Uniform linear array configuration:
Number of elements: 32
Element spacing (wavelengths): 1
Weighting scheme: blackman
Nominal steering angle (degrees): -60
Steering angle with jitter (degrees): -59.882
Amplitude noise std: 0.05
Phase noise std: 0.05

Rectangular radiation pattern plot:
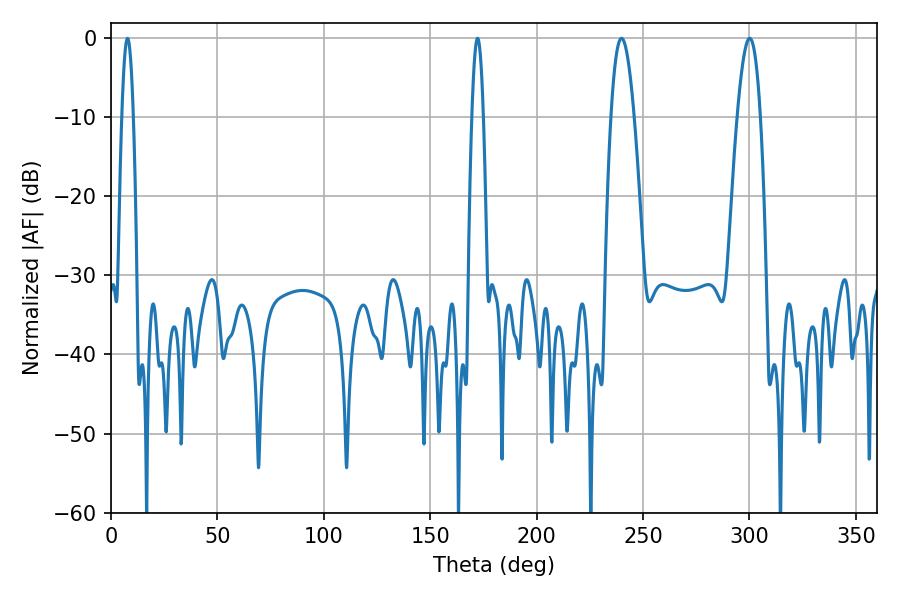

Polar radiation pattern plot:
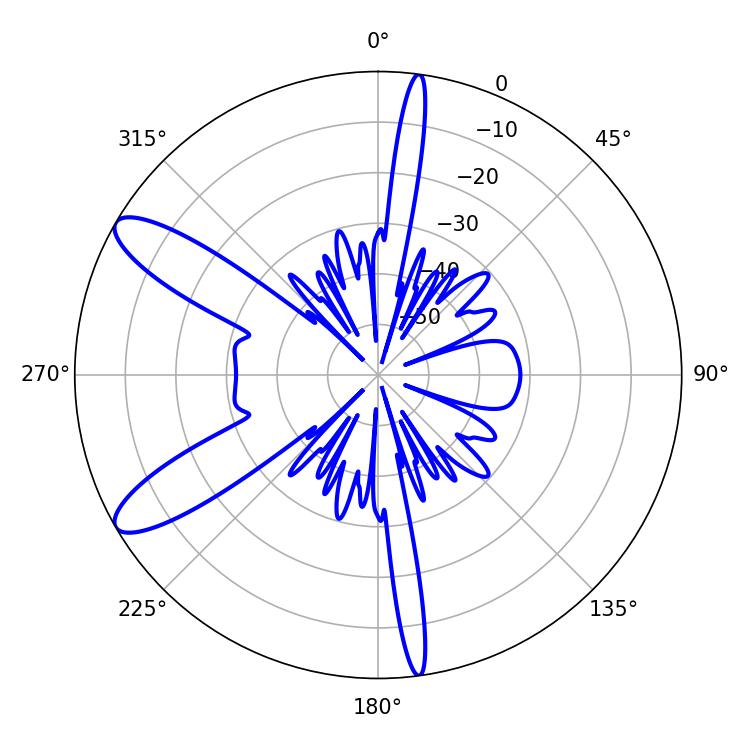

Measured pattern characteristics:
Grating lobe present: TRUE
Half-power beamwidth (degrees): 2.88
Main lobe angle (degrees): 7.74